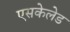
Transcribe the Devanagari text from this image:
एसकेलेड